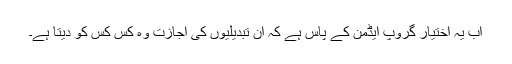
اب یہ اختیار گروپ ایڈمن کے پاس ہے کہ ان تبدیلیوں کی اجازت وہ کس کس کو دیتا ہے۔